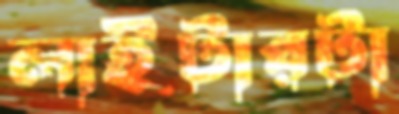
লাইটারটা